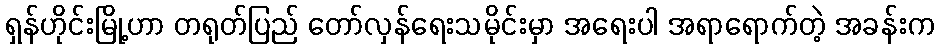
ရှန်ဟိုင်းမြို့ဟာ တရုတ်ပြည် တော်လှန်ရေးသမိုင်းမှာ အရေးပါ အရာရောက်တဲ့ အခန်းက